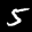
Label: 5